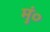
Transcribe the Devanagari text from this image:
मुं०